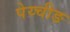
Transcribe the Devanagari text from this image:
पेय्चीङ